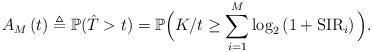
LaTeX: \begin{align*}A_M\left(t\right)&\triangleq \mathbb{P}(\hat{T}>t)=\mathbb{P}\Big (K/t\geq \sum_{i=1}^M\log_2\left(1+\mathrm{SIR}_i\right)\Big).\end{align*}